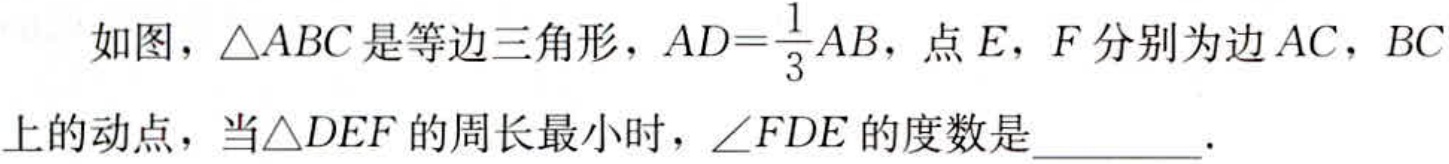
如图，\(\triangle ABC\)是等边三角形，\(AD = \frac{1}{3}AB\)，点\(E\)，\(F\)分别为边\(AC\)，\(BC\)上的动点，当\(\triangle DEF\)的周长最小时，\(\angle FDE\)的度数是  ．